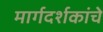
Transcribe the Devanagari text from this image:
मार्गदर्शकांचे